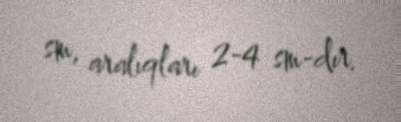
sm, aralıqları 2-4 sm-dır.